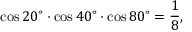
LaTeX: \cos 2 0 ^ { \circ } \cdot \cos 4 0 ^ { \circ } \cdot \cos 8 0 ^ { \circ } = { \frac { 1 } { 8 } } ,